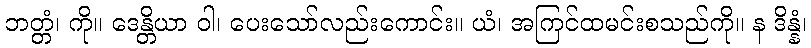
ဘတ္တံ၊ ကို။ ဒေန္တိယာ ဝါ၊ ပေးသော်လည်းကောင်း။ ယံ၊ အကြင်ထမင်းစသည်ကို။ န ဒိန္နံ၊